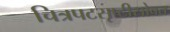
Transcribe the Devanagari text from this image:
चित्रपटसृष्टीसोबत